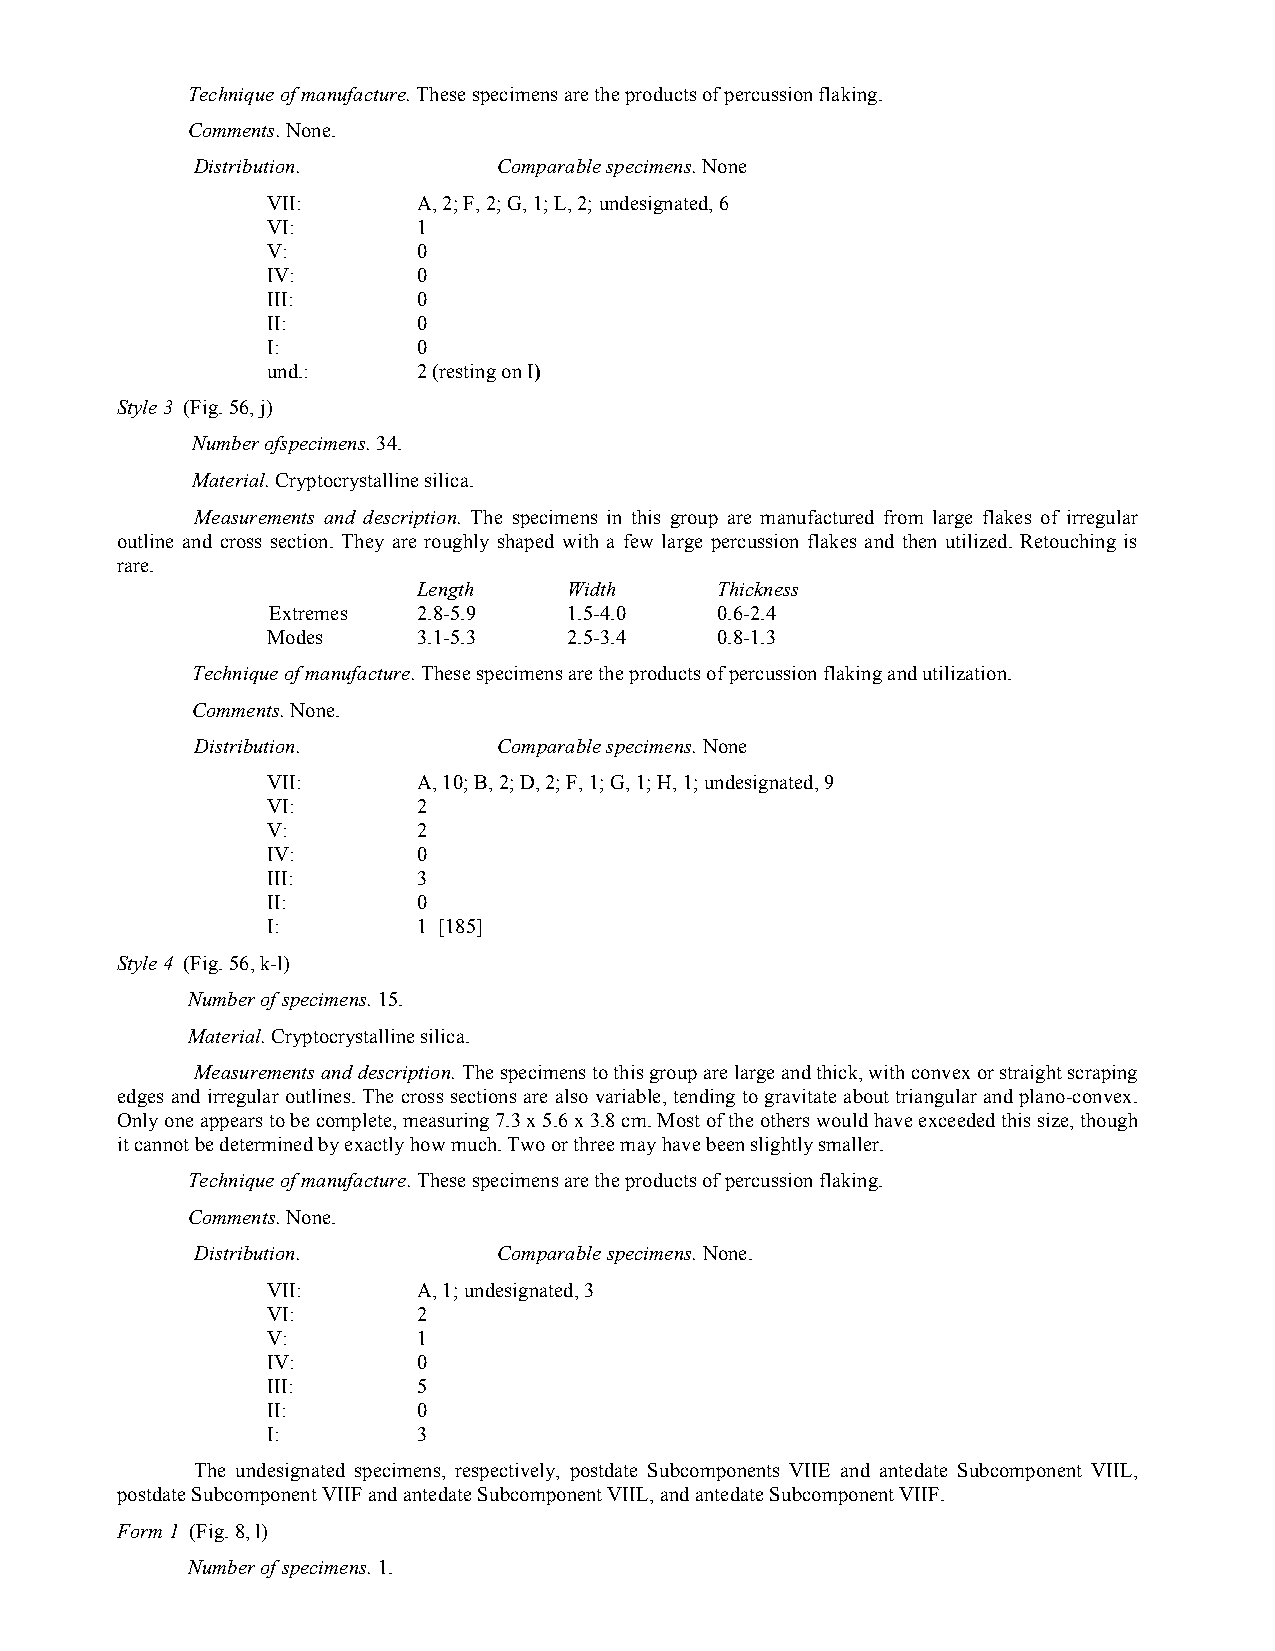
Technique of manufacture. These specimens are the products of percussion flaking.
 Comments. None.
 Distribution.       Comparable specimens. None
 VII:      A, 2; F, 2; G, 1; L, 2; undesignated, 6
 VI:       1
 V:        0
 IV:       0
 III:      0
 II:       0
 I:        0
 und.:     2 (resting on I)
 Style 3 (Fig. 56, j)
 Number ofspecimens. 34.
 Material. Cryptocrystalline silica.
 Measurements and description. The specimens in this group are manufactured from large flakes of irregular
 outline and cross section. They are roughly shaped with a few large percussion flakes and then utilized. Retouching is
 rare.
 Length    Width    Thickness
 Extremes  2.8-5.9   1.5-4.0  0.6-2.4
 Modes     3.1-5.3   2.5-3.4  0.8-1.3
 Technique of manufacture. These specimens are the products of percussion flaking and utilization.
 Comments. None.
 Distribution.       Comparable specimens. None
 VII:      A, 10; B, 2; D, 2; F, 1; G, 1; H, 1; undesignated, 9
 VI:       2
 V:        2
 IV:       0
 III:      3
 II:       0
 I:        1 [185]
 Style 4 (Fig. 56, k-l)
 Number of specimens. 15.
 Material. Cryptocrystalline silica.
 Measurements and description. The specimens to this group are large and thick, with convex or straight scraping
 edges and irregular outlines. The cross sections are also variable, tending to gravitate about triangular and plano-convex.
 Only one appears to be complete, measuring 7.3 x 5.6 x 3.8 cm. Most of the others would have exceeded this size, though
 it cannot be determined by exactly how much. Two or three may have been slightly smaller.
 Technique of manufacture. These specimens are the products of percussion flaking.
 Comments. None.
 Distribution.       Comparable specimens. None.
 VII:      A, 1; undesignated, 3
 VI:       2
 V:        1
 IV:       0
 III:      5
 II:       0
 I:        3
 The undesignated specimens, respectively, postdate Subcomponents VIIE and antedate Subcomponent VIIL,
 postdate Subcomponent VIIF and antedate Subcomponent VIIL, and antedate Subcomponent VIIF.
 Form 1 (Fig. 8, l)
 Number of specimens. 1.